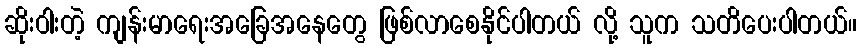
ဆိုးဝါးတဲ့ ကျန်းမာရေးအခြေအနေတွေ ဖြစ်လာစေနိုင်ပါတယ် လို့ သူက သတိပေးပါတယ်။